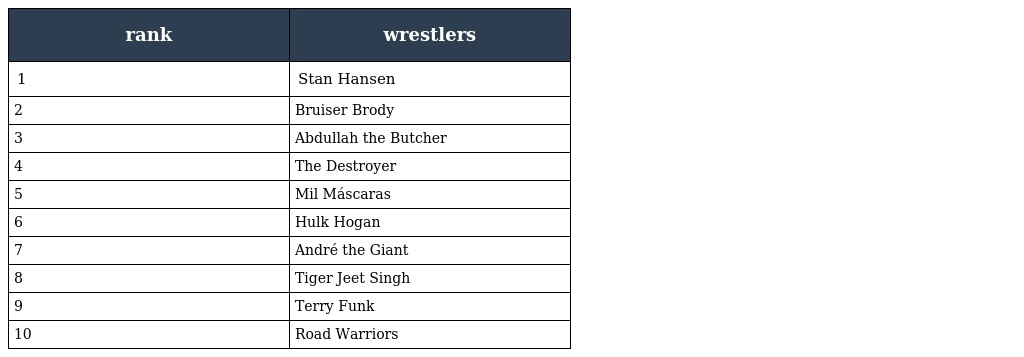
| rank | wrestlers |
 | --- | --- |
 | 1 | Stan Hansen |
 | 2 | Bruiser Brody |
 | 3 | Abdullah the Butcher |
 | 4 | The Destroyer |
 | 5 | Mil Máscaras |
 | 6 | Hulk Hogan |
 | 7 | André the Giant |
 | 8 | Tiger Jeet Singh |
 | 9 | Terry Funk |
 | 10 | Road Warriors |